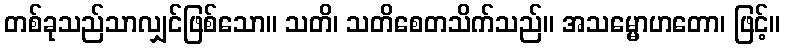
တစ်ခုသည်သာလျှင်ဖြစ်သော။ သတိ၊ သတိစေတသိက်သည်။ အသမ္မောဟတော၊ ဖြင့်။